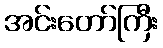
အင်းတော်ကြီး